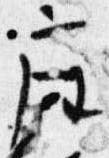
座